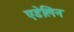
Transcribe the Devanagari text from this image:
एडेलिन